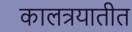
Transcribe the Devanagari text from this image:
कालत्रयातीत